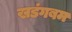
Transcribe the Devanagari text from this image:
खडंगबम